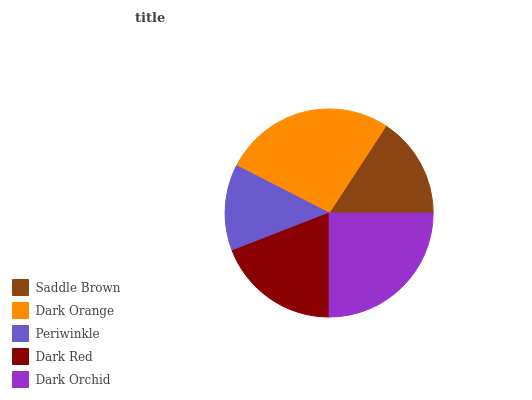
| Saddle Brown | Dark Orange | Periwinkle | Dark Red | Dark Orchid |
 | --- | --- | --- | --- | --- |
 | 15.8% | 26.7% | 13.4% | 19.1% | 25% |